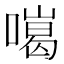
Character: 𠾩